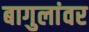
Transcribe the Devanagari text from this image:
बागुलांवर